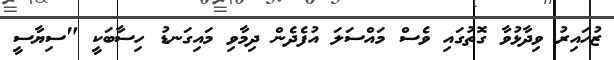
ޒުހައިރު ވިދާޅުވާ ގޮތުގައި ވެސް މައްސަލަ އުފެދެން ދިމާވި މައިގަނޑު ހިސާބަކީ "ސިޔާސީ